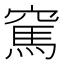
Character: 𥧓